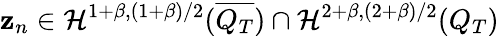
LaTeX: \mathbf{z}_{n}\in\mathcal{{H}}^{1+\beta,(1+\beta)/2}(\overline{{{Q_{T}}}})\cap\mathcal{{H}}^{2+\beta,(2+\beta)/2}(Q_{T})